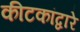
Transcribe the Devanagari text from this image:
कीटकांद्वारे